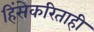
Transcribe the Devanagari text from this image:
हिंसेकरिताही